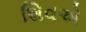
શિવએ